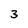
Character: 3